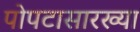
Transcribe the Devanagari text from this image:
पोपटासारख्या